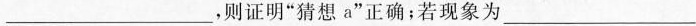
___，则证明”猜想a”正确；若现象为___